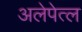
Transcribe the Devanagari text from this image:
अलेपेत्ल